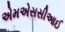
એમએસસીઆઈ